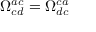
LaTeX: \Omega _ { c d } ^ { a c } = \Omega _ { d c } ^ { c a }